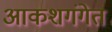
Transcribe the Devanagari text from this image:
आकशगंगेत